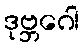
ဒုဗ္ဘဂေါ